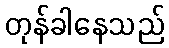
တုန်ခါနေသည်